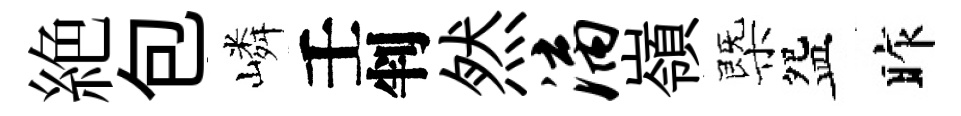
絶包嶙壬判然漓嶺㮣盌昨